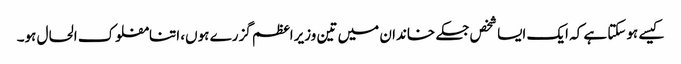
کیسے ہوسکتا ہے کہ ایک ایسا شخص جسکے خاندان میں تین وزیراعظم گزرے ہوں، اتنامفلوک الحال ہو۔